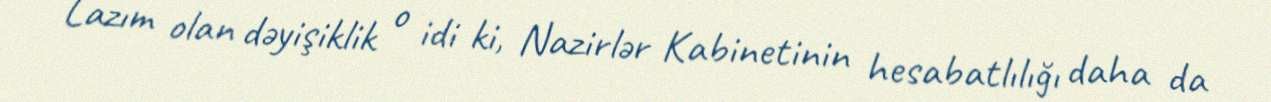
Lazım olan dəyişiklik o idi ki, Nazirlər Kabinetinin hesabatlılığı daha da